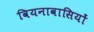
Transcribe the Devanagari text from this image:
वियनावासियों